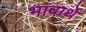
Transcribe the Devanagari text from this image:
भावार्थे